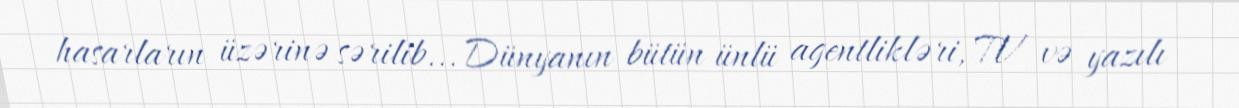
hasarların üzərinə sərilib... Dünyanın bütün ünlü agentlikləri, TV və yazılı